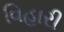
વિહારી